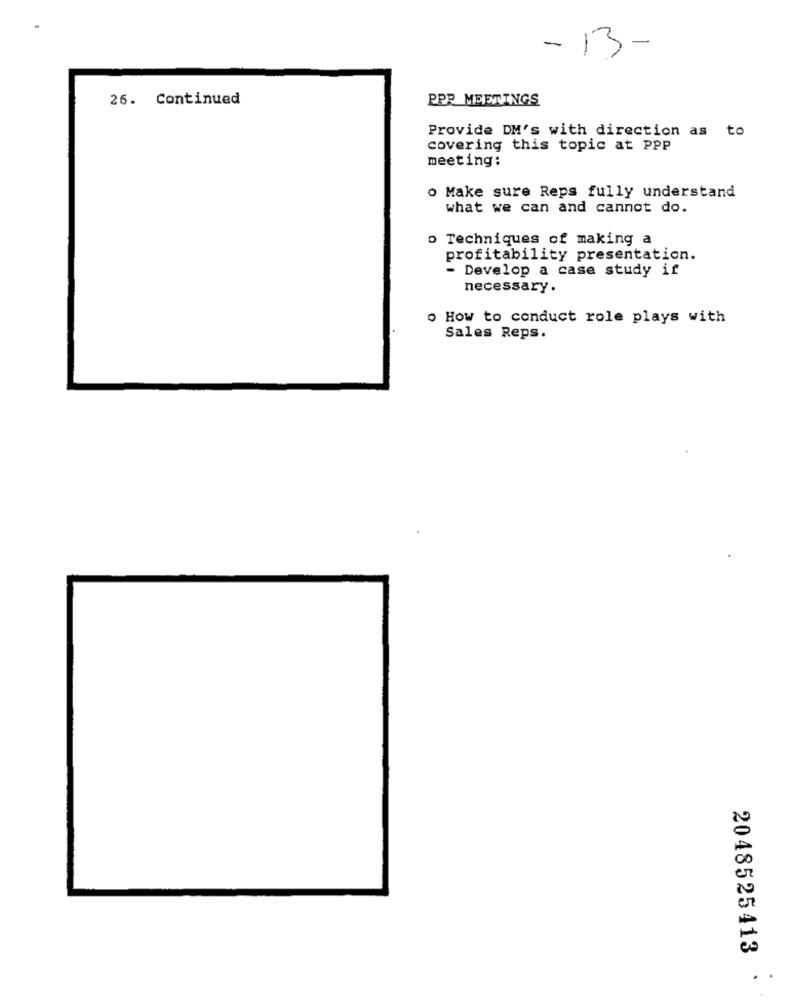
- 13-
26. Continued
PPP MEETINGS
Provide DM's with direction as to
covering this topic at PPP
meeting:
Make sure Reps fully understand
what we can and cannot do.
o Techniques of making a
profitability presentation.
- Develop a case study if
necessary.
o How to conduct role plays with
Sales Reps.
2048525413
.